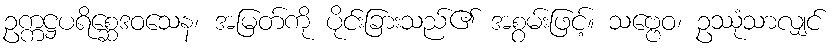
ဥက္ကဋ္ဌပရိစ္ဆေဒဝသေန၊ အမြတ်ကို ပိုင်းခြားသည်၏ အစွမ်းဖြင့်။ သဗ္ဗေဝ၊ ဥဿုံသာလျှင်